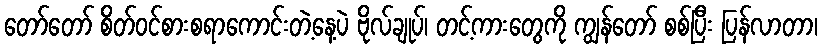
တော်တော် စိတ်ဝင်စားစရာကောင်းတဲ့နေ့ပဲ ဗိုလ်ချုပ်၊ တင့်ကားတွေကို ကျွန်တော် စစ်ပြီး ပြန်လာတာ၊